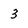
Character: 3